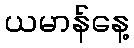
ယမာန်နေ့